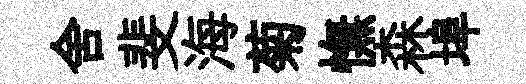
舍斐海菊憮森埠